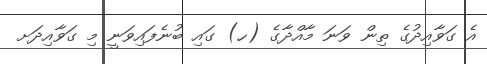
އެ ގަވާއިދުގެ ތިން ވަނަ މާއްދާގެ (ހ) ގައި ބުނެފައިވަނީ މި ގަވާއިދަށ